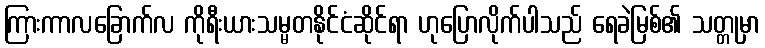
ကြားကာလခြောက်လ ကိုရီးယားသမ္မတနိုင်ငံဆိုင်ရာ ဟုပြောလိုက်ပါသည် ရေခဲမြစ်၏ သတ္တုမှာ